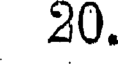
20.